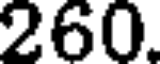
260.